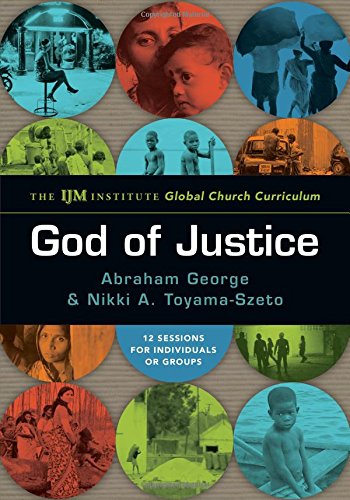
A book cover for God of Justice: The IJM Institute Global Church Curriculum; Abraham George; Politics & Social Sciences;